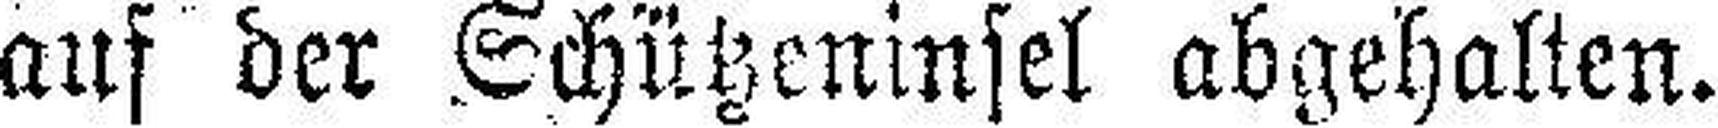
auf der Schützeninsel abgehalten.